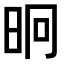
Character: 𭥤